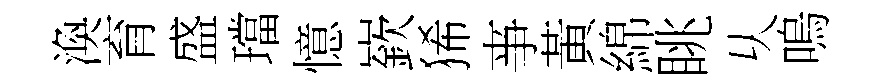
渙育盛璫憶嶔狶亊黃綿眺乆嗚